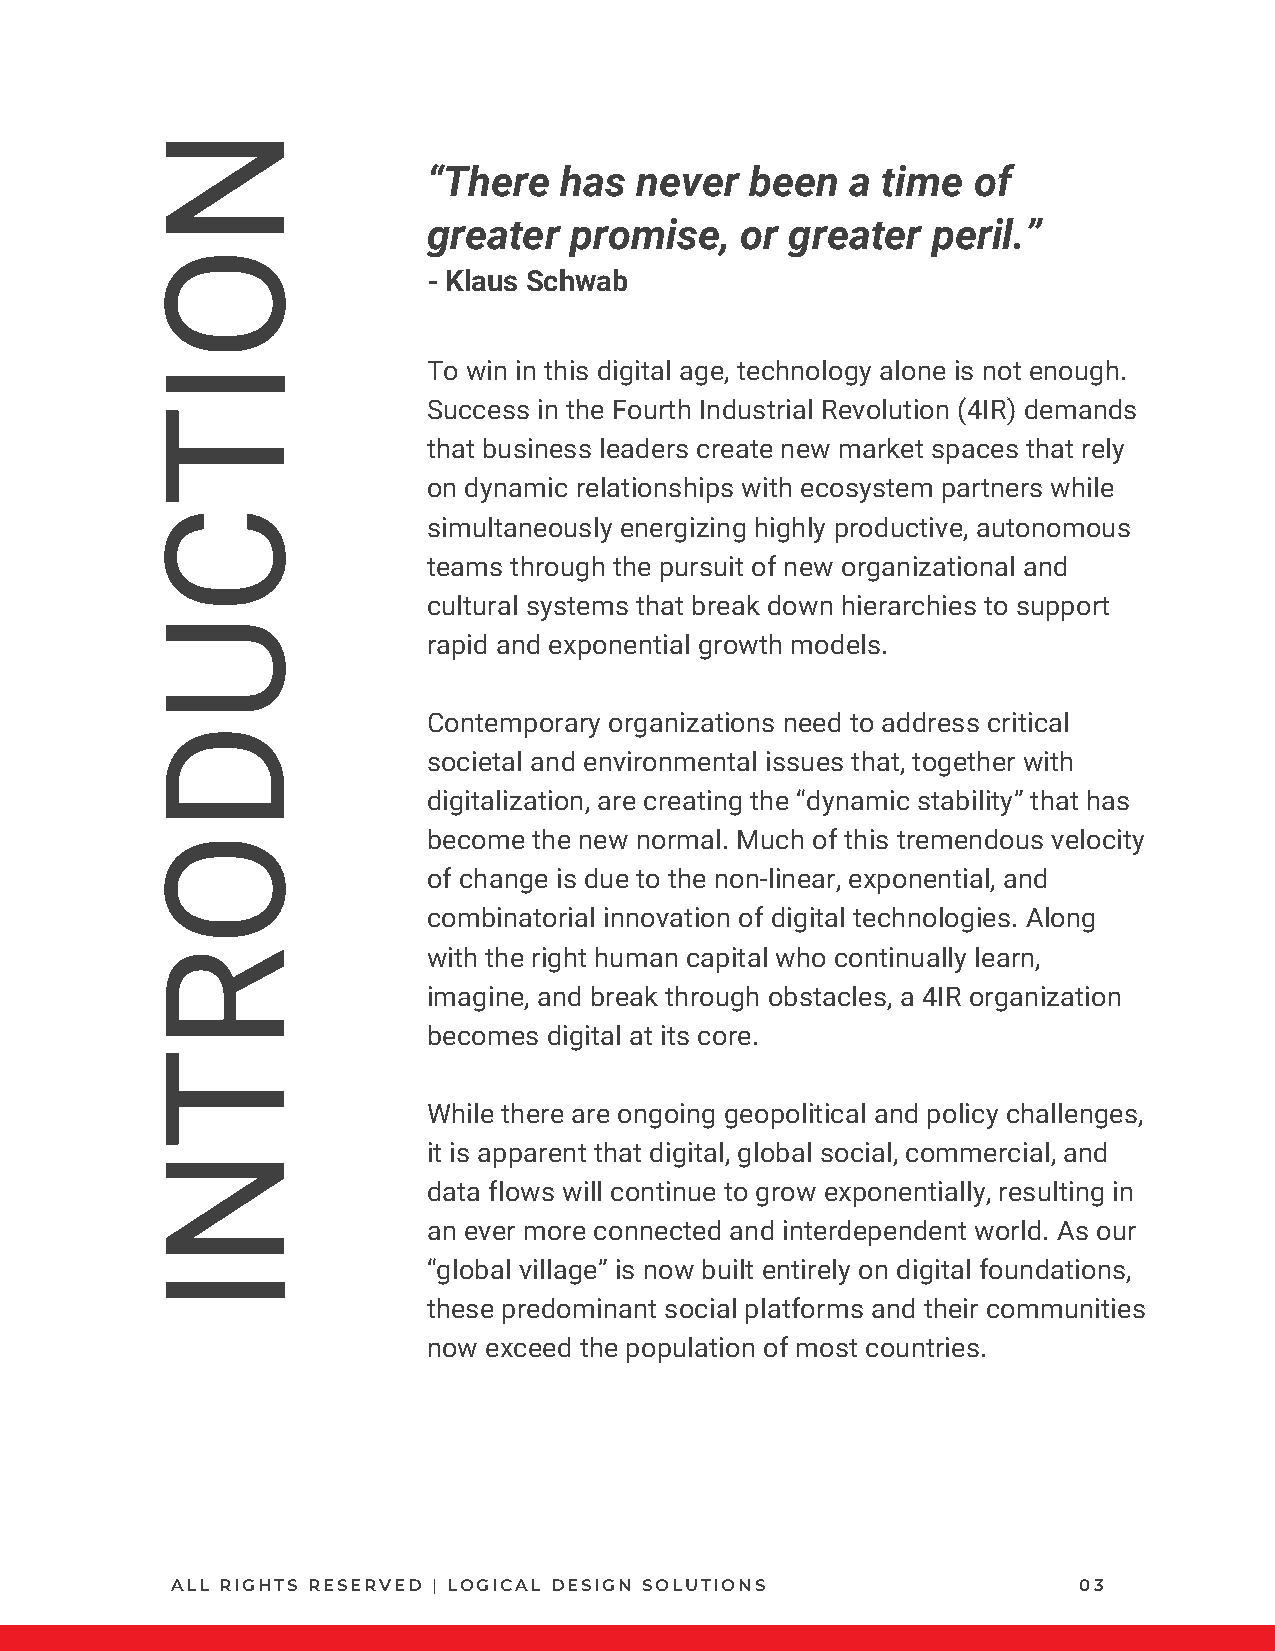
N
 “There   has  never   been  a time  of
 greater   promise,   or greater   peril.”
 O
 - Klaus Schwab
 I                 To win in this digital age, technology alone is not enough.
 Success in the Fourth Industrial Revolution (4IR) demands
 T
 that business leaders create new market spaces that rely
 on dynamic relationships with ecosystem partners while
 C
 simultaneously energizing highly productive, autonomous
 teams through the pursuit of new organizational and
 cultural systems that break down hierarchies to support
 U
 rapid and exponential growth models.
 Contemporary organizations need to address critical
 D
 societal and environmental issues that, together with
 digitalization, are creating the “dynamic stability” that has
 O                 become the new normal. Much of this tremendous velocity
 of change is due to the non-linear, exponential, and
 combinatorial innovation of digital technologies. Along
 R                 with the right human capital who continually learn,
 imagine, and break through obstacles, a 4IR organization
 becomes digital at its core.
 T
 While there are ongoing geopolitical and policy challenges,
 it is apparent that digital, global social, commercial, and
 N
 data flows will continue to grow exponentially, resulting in
 an ever more connected and interdependent world. As our
 “global village” is now built entirely on digital foundations,
 I
 these predominant social platforms and their communities
 now exceed the population of most countries.
 ALL RIGHTS RESERVED | LOGICAL DESIGN SOLUTIONS              03